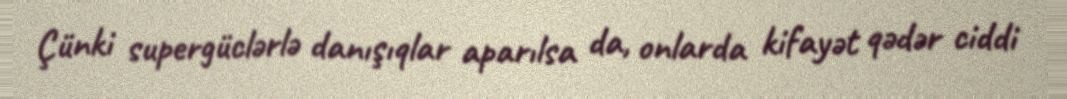
Çünki supergüclərlə danışıqlar aparılsa da, onlarda kifayət qədər ciddi